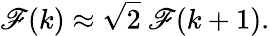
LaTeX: \mathscr{F}(k)\approx\sqrt{2}~\mathscr{F}(k+1).